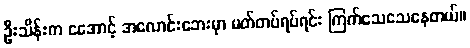
ဦးသိန်းက ငအောင့် အလောင်းဘေးမှာ မတ်တပ်ရပ်ရင်း ကြက်သေသေနေတယ်။